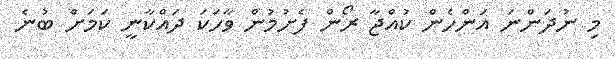
މި ނުދަންނަ އަންހެން ކުއްޖާ ރޯން ފެށުމުން ވާހަކަ ދައްކާނީ ކަމަށް ބުނެ